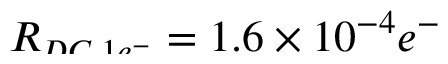
\smash { R _ { D C , 1 e ^ { - } } } = 1 . 6 \times 1 0 ^ { - 4 } e ^ { - }